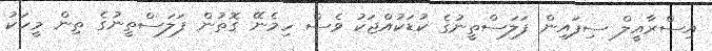
އިސްރާއީލް ސިފައިން ފަލަސްތީނުގެ ކުޑަކުއްޖަކު ވެސް ހިމެނޭ ގޮތުން ފަލަސްތީނުގެ ތިން މީހަކު